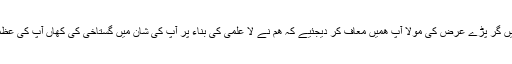
یہ سن کر وہ لوگ امام کے قدموں میں گر پڑے عرض کی مولا آپ ھمیں معاف کر دیجئیے کہ ھم نے لا علمی کی بناء پر آپ کی شان میں گستاخی کی کھاں آپ کی عظمت ورفعت اور کھاں ھماری پستى؟